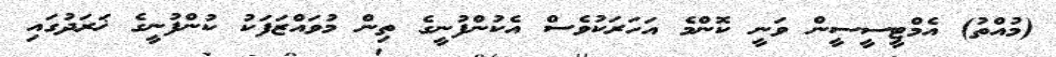
(މުއްތު) އެމްޓީސީސީން ވަނީ ކޮންމެ އަހަރަކުވެސް އެކުންފުނީގެ ތިން މުވައްޒަފަކު ކުންފުނީގެ ޚަރަދުގައި